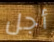
أجل